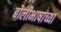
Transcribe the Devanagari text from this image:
बोलीभाषांच्या